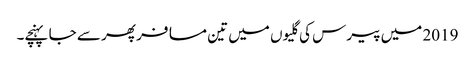
2019 میں پیرس کی گلیوں میں تین مسافر پھر سے جا پہنچے۔